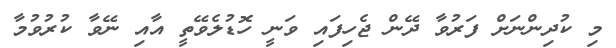
މި ކުދިންނަށް ފަރުވާ ދޭން ޖެހިފައި ވަނީ ހޮޑުލެވޭތީ އާއި ނޭވާ ކުރުވުމާ